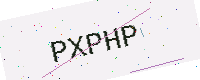
Text: PXPHP